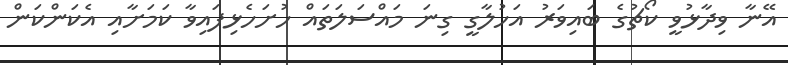
އޭނާ ވިދާޅުވީ ކޯޗުގެ ބައިވަރު އަހުލާގީ ގިނަ މައްސަލަތައް ހުށަހެޅިފައިވާ ކަމަށާއި އެކަންކަން